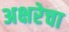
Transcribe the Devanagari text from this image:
अक्षरेचा